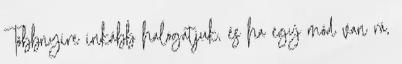
Többnyire inkább halogatjuk, és ha egy mód van rá,